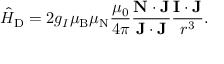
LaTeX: { \hat { H } } _ { \mathrm { D } } = 2 g _ { I } \mu _ { \mathrm { B } } \mu _ { \mathrm { N } } { \frac { \mu _ { 0 } } { 4 \pi } } { \frac { \mathbf { N } \cdot \mathbf { J } } { \mathbf { J } \cdot \mathbf { J } } } { \frac { \mathbf { I } \cdot \mathbf { J } } { r ^ { 3 } } } .